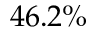
4 6 . 2 \%